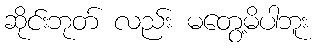
ဆိုင်းဘုတ် လည်း မတွေ့မိပါဘူး